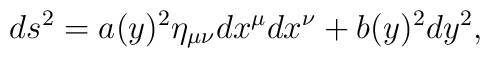
ds^2=a(y)^2\eta_{\mu\nu}dx^{\mu}dx^{\nu}+b(y)^2 dy^2,